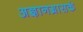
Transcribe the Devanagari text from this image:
अज्ञानग्रासकं